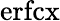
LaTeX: \mathrm{erfcx}